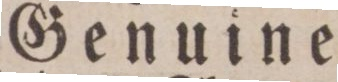
Genuine